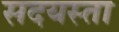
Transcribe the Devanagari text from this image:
सदयस्ता